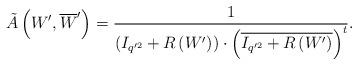
LaTeX: \begin{align*}\tilde{A}\left(W',\overline{W}'\right)=\frac{1}{\left(I_{q'^{2}}+R\left(W'\right) \right)\cdot \left(\overline{I_{q'^{2}}+R\left(W'\right) }\right)^{t}}.\end{align*}